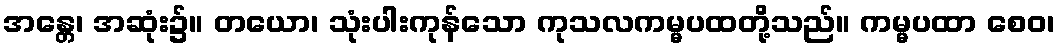
အန္တေ၊ အဆုံး၌။ တယော၊ သုံးပါးကုန်သော ကုသလကမ္မပထတို့သည်။ ကမ္မပထာ စေဝ၊